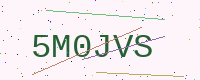
Text: 5M0JVS